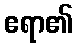
ဧရာ၏